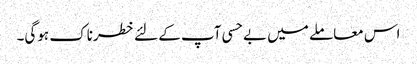
اس معاملے میں بے حسی آپ کے لئے خطرناک ہوگی۔